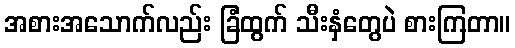
အစားအသောက်လည်း ခြံထွက် သီးနှံတွေပဲ စားကြတာ။